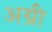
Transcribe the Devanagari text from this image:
अग्री